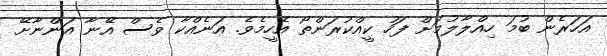
އަހަރެން ބުމަ ހިއްލާލުމަށް ފަހު ކީއްކުރަންތޯ އެހީމެވެ. އަނެއްކާ ވެސް އޭނާ އަންނާށޭ